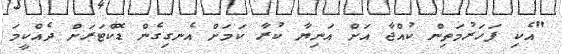
"އެކި ފަހަރުމަތިން ކުއްޖާ އަށް އަނިޔާ ކުރާ ކަމަށް އެނގިގެން ޑޮކްޓަރަށް ދެއްކީމަ